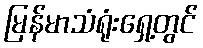
မြန်မာသံရုံးရှေ့တွင်